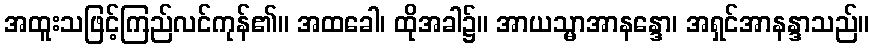
အထူးသဖြင့်ကြည်လင်ကုန်၏။ အထခေါ၊ ထိုအခါ၌။ အာယသ္မာအာနန္ဒော၊ အရှင်အာနန္ဒာသည်။